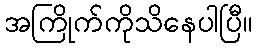
အကြိုက်ကိုသိနေပါပြီ။